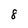
Character: 8